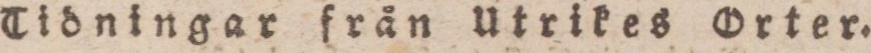
Tidningar från Utrikes Orter.